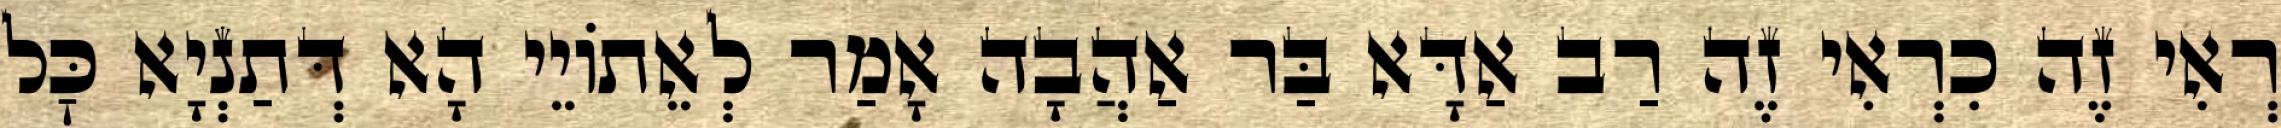
רְאִי זֶה כִרְאִי זֶה רַב אַדָּא בַּר אַהֲבָה אָמַר לְאֵתוֹיֵי הָא דְּתַנְיָא כׇּל